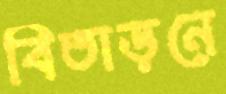
বিতাড়নে